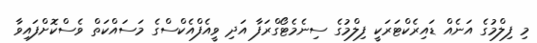
މި ފިލްމުގެ އަނެއް ޑައިރެކްޓަރަކީ ފިލްމުގެ ސިނެމެޓޯގްރަފާ އަދި ވީއެފްއެކްސްގެ މަސައްކަތް ވެސްކޮށްފައިވާ